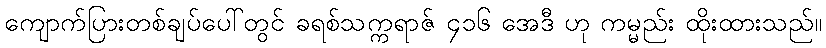
ကျောက်ပြားတစ်ချပ်ပေါ်တွင် ခရစ်သက္ကရာဇ် ၄၁၆ အေဒီ ဟု ကမ္မည်း ထိုးထားသည်။